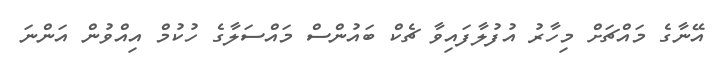
އޭނާގެ މައްޗަށް މިހާރު އުފުލާފައިވާ ޗެކް ބައުންސް މައްސަލާގެ ހުކުމް އިއްވުން އަންނަ